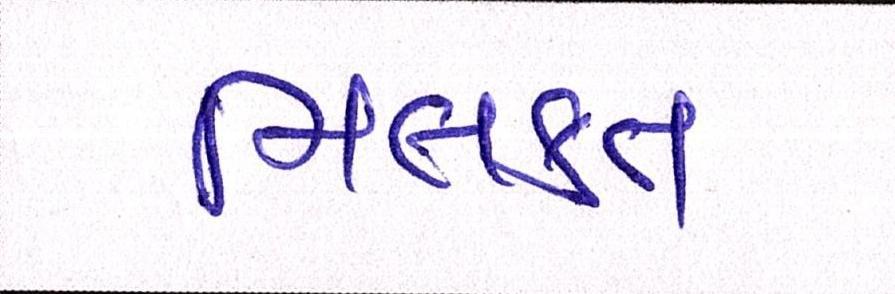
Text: મિલકત